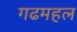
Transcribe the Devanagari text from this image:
गढमहल